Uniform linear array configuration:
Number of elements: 12
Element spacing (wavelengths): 0.75
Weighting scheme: binomial
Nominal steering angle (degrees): -15
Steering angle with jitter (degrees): -16.253
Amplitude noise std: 0.05
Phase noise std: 0.05

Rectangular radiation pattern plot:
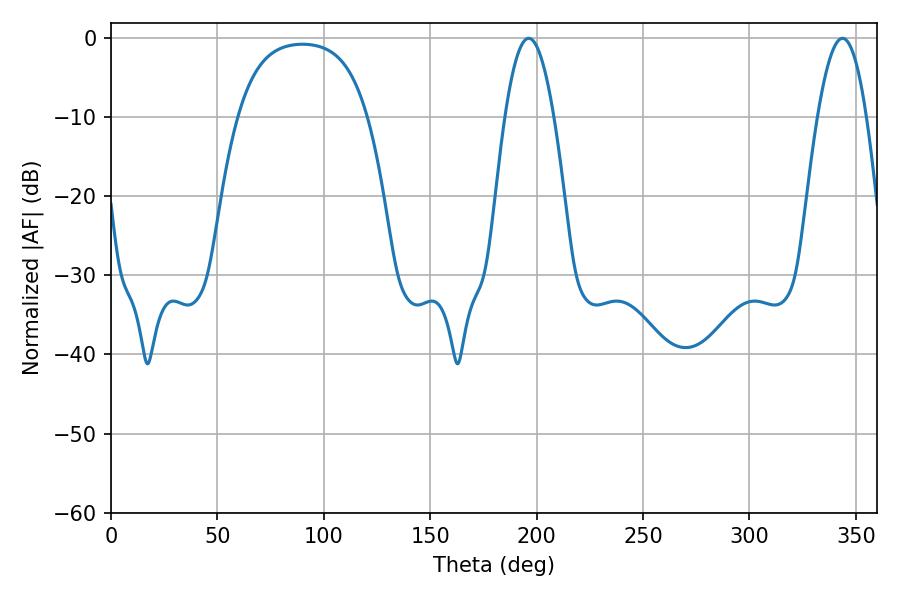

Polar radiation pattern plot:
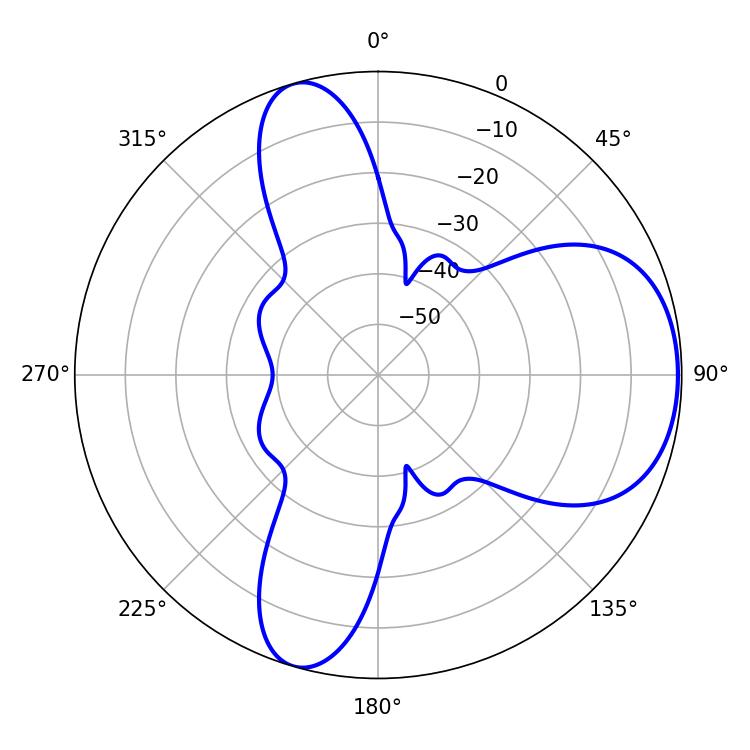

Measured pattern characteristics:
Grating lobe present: TRUE
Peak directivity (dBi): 6.432
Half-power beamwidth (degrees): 12.6
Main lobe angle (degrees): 196.2